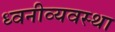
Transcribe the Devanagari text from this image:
ध्वनीव्यवस्था